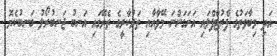
އަދި މިބާވަތުގެ ފްރުޓްފްލައި އަށަގަންނަ މޭވާއާއި ތަރުކާރީގެ ތެރޭގައި އަނބު ޖަނބުރޯލު ބަނބުކެޔޮ